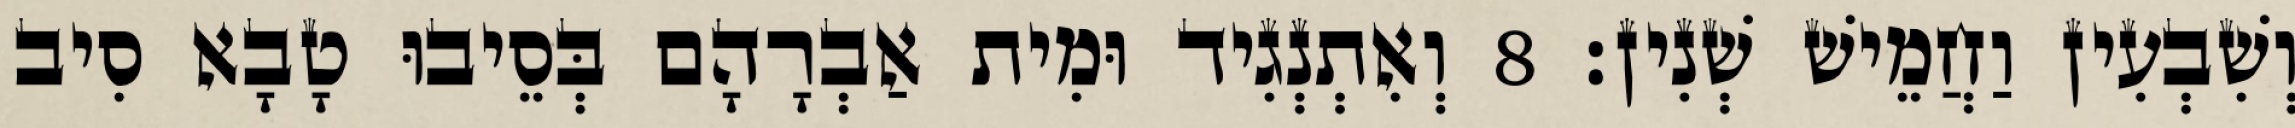
וְשִׁבְעִין וַחֲמֵישׁ שְׁנִין׃ 8 וְאִתְנְגִיד וּמִית אַבְרָהָם בְּסֵיבוּ טָבָא סִיב